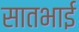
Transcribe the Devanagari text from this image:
सातभाई